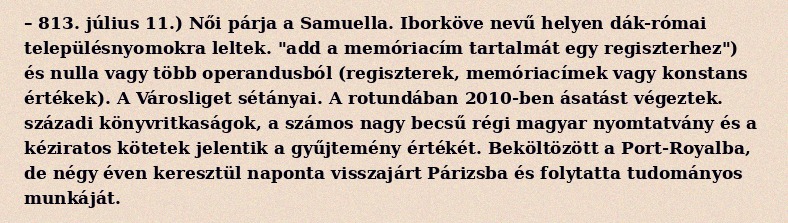
– 813. július 11.) Női párja a Samuella. Iborköve nevű helyen dák-római településnyomokra leltek. "add a memóriacím tartalmát egy regiszterhez") és nulla vagy több operandusból (regiszterek, memóriacímek vagy konstans értékek). A Városliget sétányai. A rotundában 2010-ben ásatást végeztek. századi könyvritkaságok, a számos nagy becsű régi magyar nyomtatvány és a kéziratos kötetek jelentik a gyűjtemény értékét. Beköltözött a Port-Royalba, de négy éven keresztül naponta visszajárt Párizsba és folytatta tudományos munkáját.